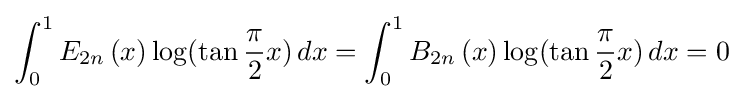
\int _{0}^{1}E_{2n}\left(x\right)\log(\tan {\frac {\pi }{2}}x)\,dx=\int _{0}^{1}B_{2n}\left(x\right)\log(\tan {\frac {\pi }{2}}x)\,dx=0